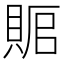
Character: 𰷅